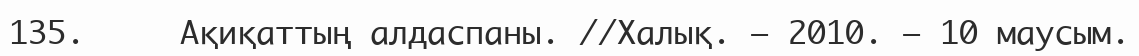
135.     Ақиқаттың алдаспаны. //Халық. – 2010. – 10 маусым.